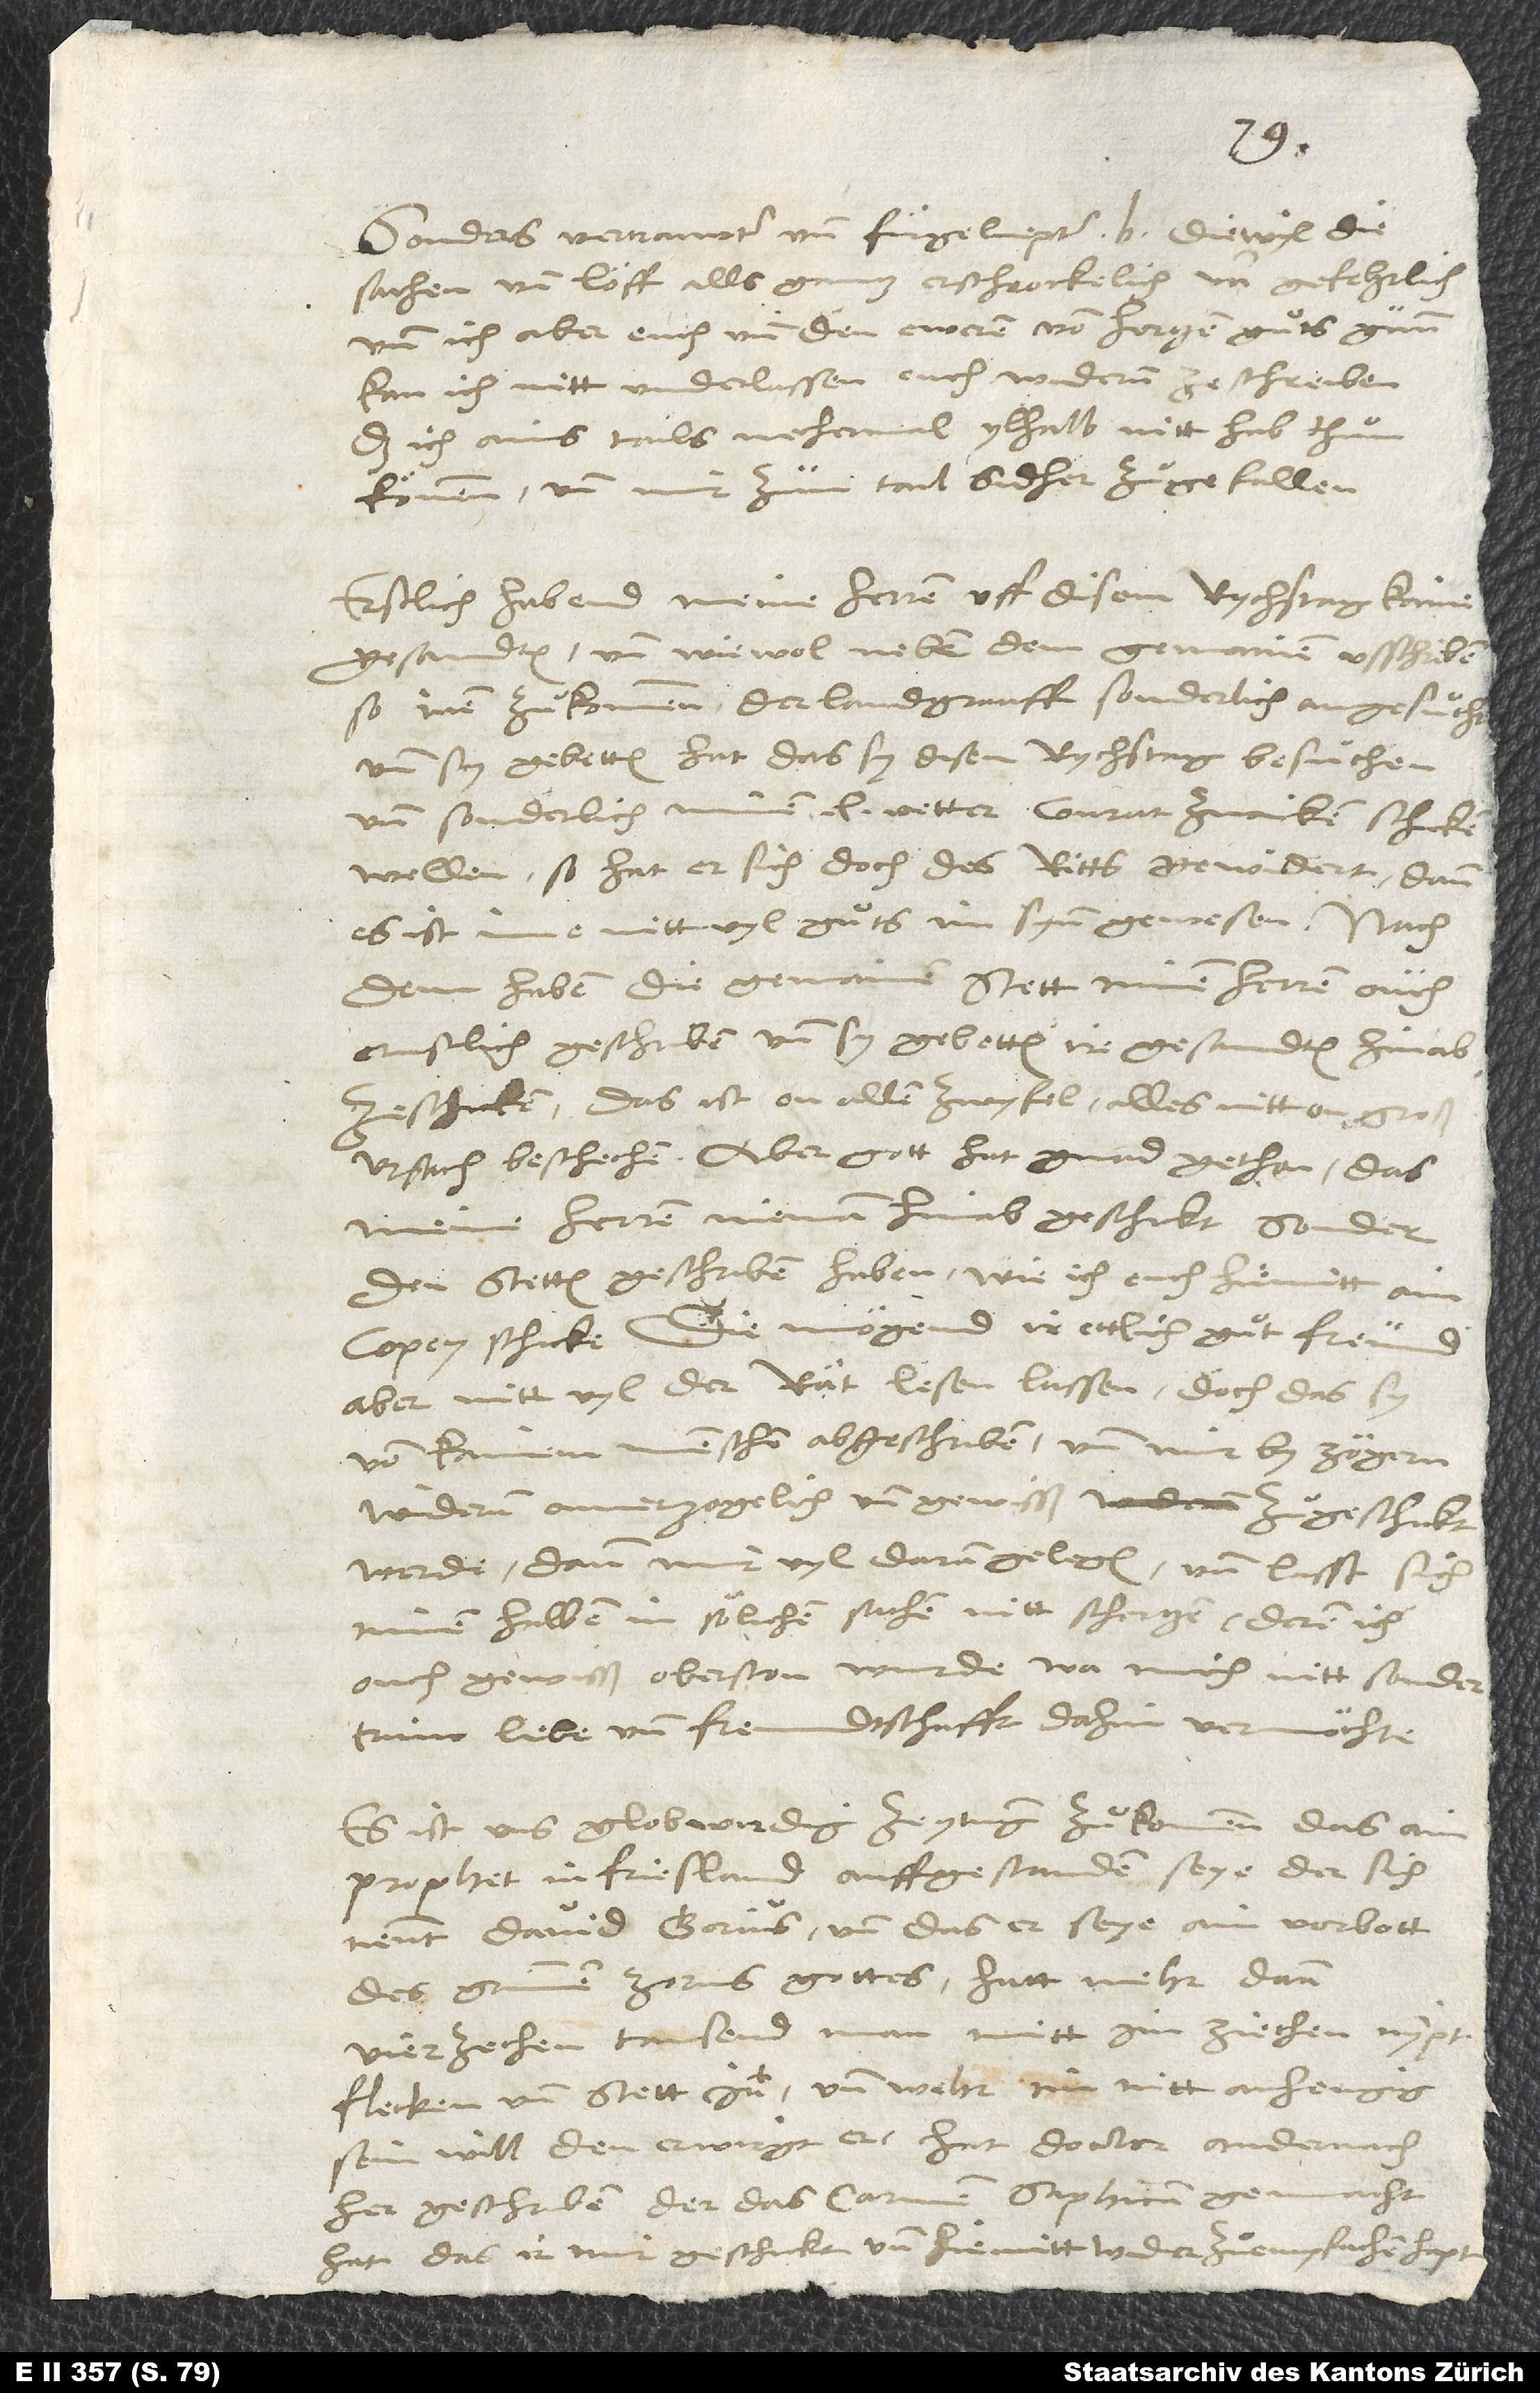
Sonders vertrauwter und fürgeliepter b, diewyl die
sachen und löff alls gantz erschrockelich und gefehrlich
und ich aber euch und den eweren von hertzen guͦts gunn,
kan ich nitt underlassen, euch widerum zeschreiben,
das ich ains tails nechermal ylhalb nitt hab thuͦn
können und mir zum tail sidher zuͦgefallen.
Erstlich habend meine herren uff disem rychstag kaine
gesandten, und wiewol neben dem gemainen usschriben,
so inen zuͦkommen, der landgrauff sonderlich angesuͦcht
und sy gebetten hat, das sy disen rychstag besuͦchen
und sonderlich minen lieben vetter Conrat Zwicken schicken
wellen, so hat er sich doch des ritts gewidert; dann
es ist ime nitt vyl guͦts im synn gewesen. Nach
dem haben die gemainen stett minen herren ouch
ernstlich geschriben und sy gebetten, ire gesandten hinab
zeschicken. Das ist on allen zwyfel alles nitt on groß
ursach beschechen. Aber gott hat gnad gethon, das
meine herren nieman hinab geschickt, sonder
den stetten geschriben haben, wie ich euch hiemitt ain
copey schicke. Die mögend ir ettlich guͦt freund,
aber nitt vyl der rät, lesen lassen, doch das sy
von kainem menschen abgeschriben und mir by zögern
widerum onverzogelich und gewisß zuͦgeschickt
werde; dann mir vyl daran gelegen, und lasst sich
minen halben in sölichen sachen nitt schertzen, deren ich
ouch gewiß oberston wurde, wa mich nitt sonder
trüw, liebe und freundschafft dahin vermöchte.
Es ist uns globwirdig zeytung zuͦkommen, das ain
prophet in Friesland auffgestanden seye, der sich
David Gorius, und das er seye ain vorbott
des grimmen zorns gottes; hatt mehr dann
vierzechen tausend man mitt im ziechen, nympt
flecken und stett in, und wehr im nitt anhengig
sein will, den erwirgt er. Hat doctor Andernach
her geschriben, der das carmen Saphicum gemacht
hat, das ir mir geschickt und hiemitt wyder zuͦempfachen hapt.